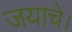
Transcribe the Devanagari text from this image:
जयाचे।